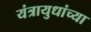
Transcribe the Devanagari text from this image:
यंत्रायुधांच्या